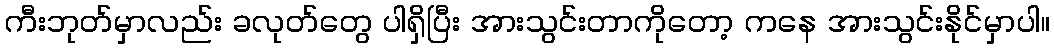
ကီးဘုတ်မှာလည်း ခလုတ်တွေ ပါရှိပြီး အားသွင်းတာကိုတော့ ကနေ အားသွင်းနိုင်မှာပါ။